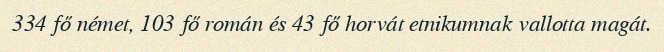
334 fő német, 103 fő román és 43 fő horvát etnikumnak vallotta magát.